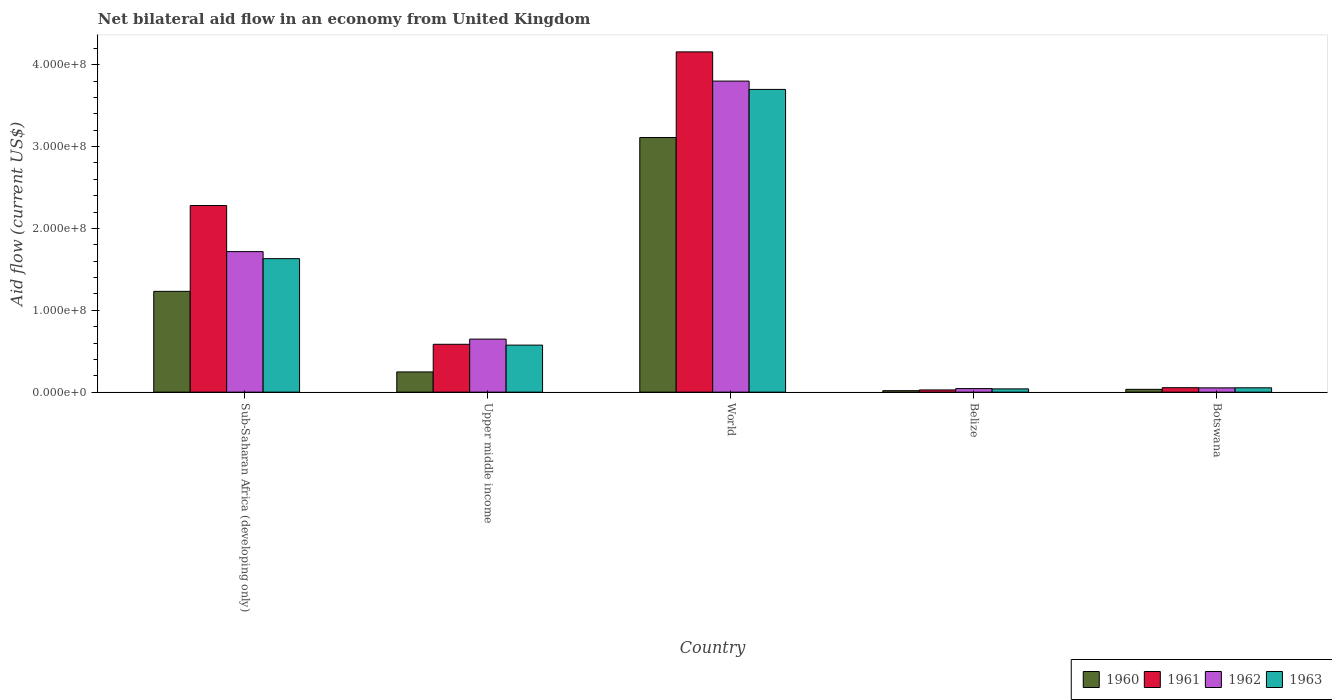
| Country | 1960 | 1961 | 1962 | 1963 |
 | --- | --- | --- | --- | --- |
 | Sub-Saharan Africa (developing only) | 1.23e+08 | 2.28e+08 | 1.72e+08 | 1.63e+08 |
 | Upper middle income | 2.47e+07 | 5.85e+07 | 6.48e+07 | 5.74e+07 |
 | World | 3.11e+08 | 4.16e+08 | 3.8e+08 | 3.7e+08 |
 | Belize | 1.79e+06 | 2.7e+06 | 4.33e+06 | 3.99e+06 |
 | Botswana | 3.43e+06 | 5.44e+06 | 5.22e+06 | 5.3e+06 |